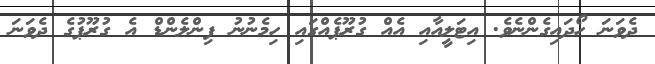
ދެވަނަ ހޯދައިގެންނެވެ. އިޓަލީއާއި އެއް ގުރޫޕެއްގައި ހިމެނުނު ފިންލެންޑް އެ ގުރޫޕުގެ ދެވަނަ